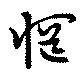
惘